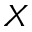
X